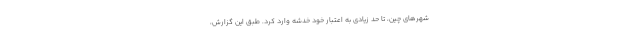
شهرهای چین، تا حد زیادی به اعتبار خود خدشه وارد کرد. طبق این گزارش،